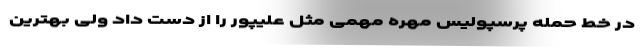
در خط حمله پرسپولیس مهره مهمی مثل علیپور را از دست داد ولی بهترین